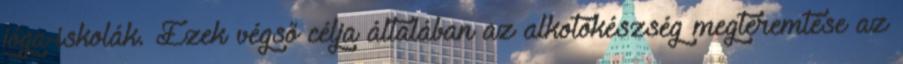
jóga-iskolák. Ezek végső célja általában az alkotókészség megteremtése az